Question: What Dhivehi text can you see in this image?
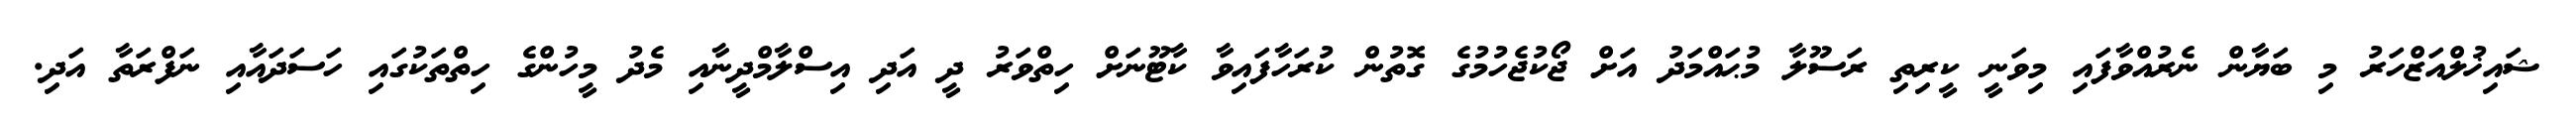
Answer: ޝައިޚުލްއަޒްހަރު މި ބަޔާން ނެރުއްވާފައި މިވަނީ ކީރިތި ރަސޫލާ މުޙައްމަދު އަށް ޖޯކުޖެހުމުގެ ގޮތުން ކުރަހާފައިވާ ކާޓޫނަށް ހިތްވަރު ދީ އަދި އިސްލާމްދީނާއި މެދު މީހުންގެ ހިތްތަކުގައި ހަސަދައާއި ނަފްރަތާ އަދި.